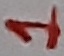
Text: 1